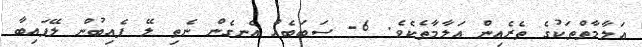
އަލާމާތްތަކުގެ ތެރެއިން އަލާމާތެކެވެ. 6- ސަބަބެއް އެނގެން ނެތި ލޭ ފެއިބުން ލޭފައިބާ